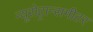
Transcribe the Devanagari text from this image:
न्यूरोट्रान्समीटर